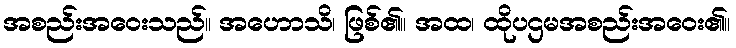
အစည်းအဝေးသည်။ အဟောသိ၊ ဖြစ်၏။ အထ၊ ထိုပဌမအစည်းအဝေး၏။